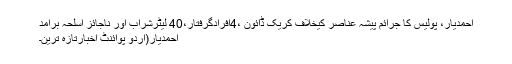
احمدیار، پولیس کا جرائم پیشہ عناصر کیخلاف کریک ڈائون ،4افرادگرفتار،40 لیٹرشراب اور ناجائز اسلحہ برآمد
احمدیار(اُردو پوائنٹ اخبارتازہ ترین۔